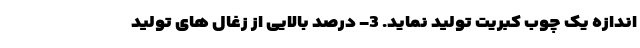
اندازه یک چوب کبریت تولید نماید. 3- درصد بالایی از زغال های تولید